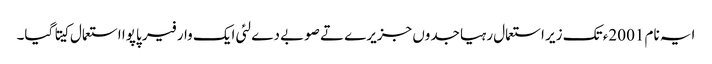
ایہ نام 2001ء تک زیر استعمال رہیا جدوں جزیرے تے صوبے دے لئی ایک وار فیر پاپوا استعمال کیتا گیا۔